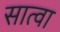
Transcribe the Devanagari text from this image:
सात्वा